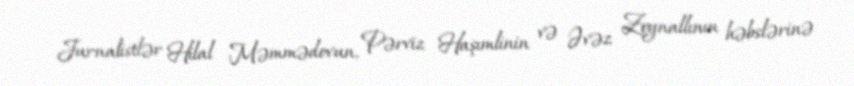
Jurnalistlər Hilal Məmmədovun, Pərviz Haşımlinin və Əvəz Zeynallının həbslərinə